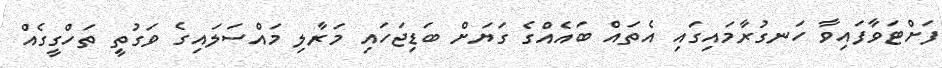
ފަށްޓަވާފައިވާ ހަނގުރާމައިގައި އެތައް ބައެއްގެ ގަޔަށް ބަޑިޖަހައި މަރާލި މައްސަލައިގެ ވަގުތީ ތަހްގީގެއް